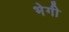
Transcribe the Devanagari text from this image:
भेगी